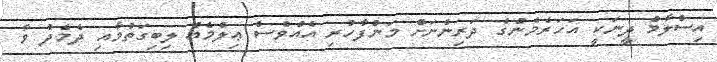
އިސްލާމް ދީނަކީ އަހަރެމެންގެ ދަރިންނަށް މަންފާހުރި އެއްވެސް ޢިލްމެއް ލިބިގަތުމާއި ދެމެދު ވާ